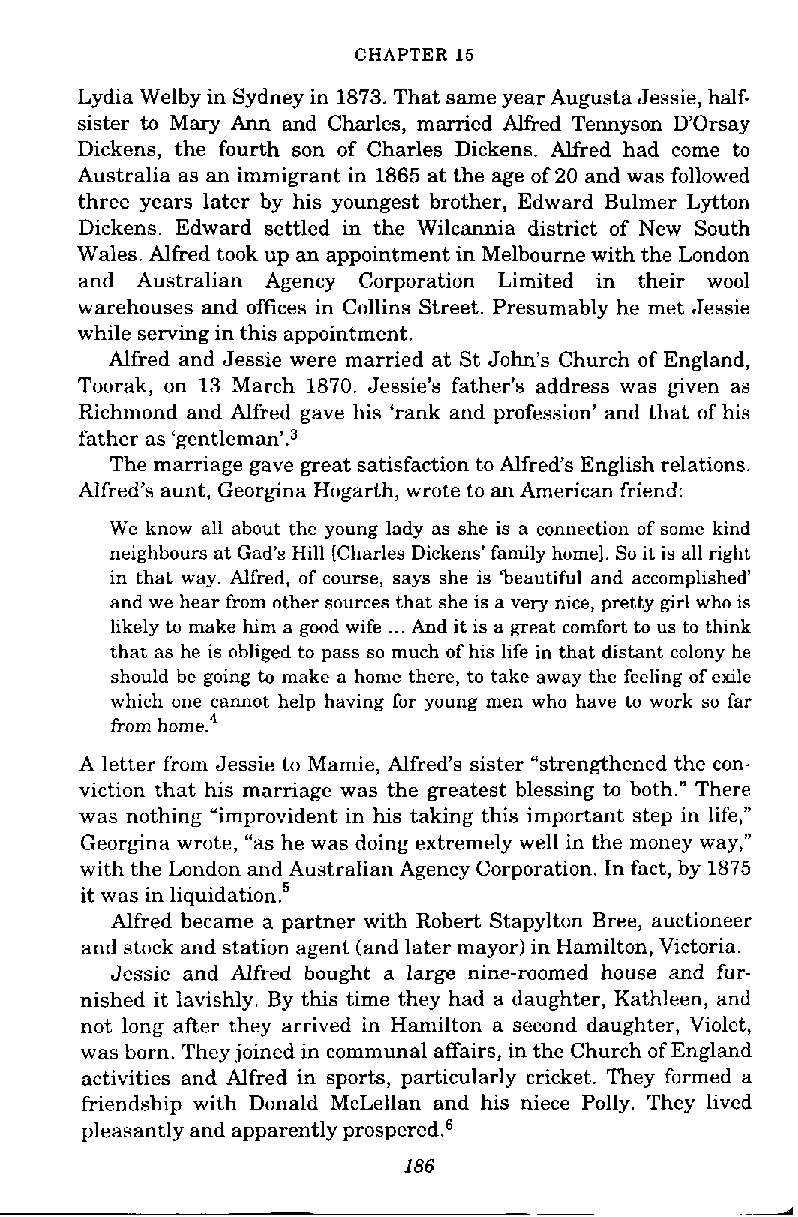
CHAPTER 15
 Lydia Welby in Sydney in 1873. That same year Augusta Jessie, half-
 sister to Mary Ann and Charles, manied Alfred Tennyson D'Orsay
 Dickens, the fourth son of Charles Dickens. Alfred had come to
 Australia as an immigrant in 1865 at the age of 20 and was followed
 three years later by his youngest brother, Edward Bulmer Lytton
 Dickens. Edward settled in the Wilcannia district of New South
 Wales. Alfred took up an appointment in Melbourne with the London
 and Australian Agency Corporation Limited in their wool
 warehouses and offices in Collins Street. Presumably he met Jessie
 while sewing in this appointment.
 Alfred and Jessie were married at St John's Church of England,
 Toorak, on 13 March 1870. Jessie's father's address was given as
 Richmond and Alfred gave his 'rank and profession' and that of his
 father as gentlem ma^^'.^
 The marriage gave great satisfaction to Alfred's English relations.
 Alfred's aunt, Georgina Hogarth, wrote to an American friend:
 We know all about the young lady as she is a connection of some kind
 neighbours at Gad's Hill [Charles Dickens' family home]. So it is all right
 in that way. Alfred, of course, says she is 'beautiful and accomplished'
 and we hear from other sources that she is a very nice, pretty girl who is
 likely to make him a good wife ... And it is a great comfort to us to think
 that as he is obliged to pass so much of his life in that distant colony he
 should he going to make a home there, to take away the feeling of exile
 which one cannot help having for young men who have to work so far
 from home.4
 A letter from Jessie to Mamie, Alfred's sister "strengthened the con-
 viction that his marriage was the greatest blessing to both." There
 was nothing "improvident in his taking this important step in life,"
 Georgina wrote, "as he was doing extremely well in the money way,"
 with the London and Australian Agency Corporation. In fact, by 1875
 it was in ~i~uidation.~
 Alfred became a partner with Robert Stapylton Bree, auctioneer
 and stock and station agent (and later mayor) in Hamilton, Victoria.
 Jessie and Alfred bought a large nine-roomed house and fur-
 nished it lavishly. By this time they had a daughter, Kathleen, and
 not long after they arrived in Hamilton a second daughter, Violet,
 was born. They joined in communal affairs, in the Church of England
 activities and Alfred in sports, particularly cricket. They formed a
 friendship with Donald McLellan and his niece Polly. They lived
 pleasantly and apparently pro~pered.~
 186